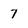
Character: 7